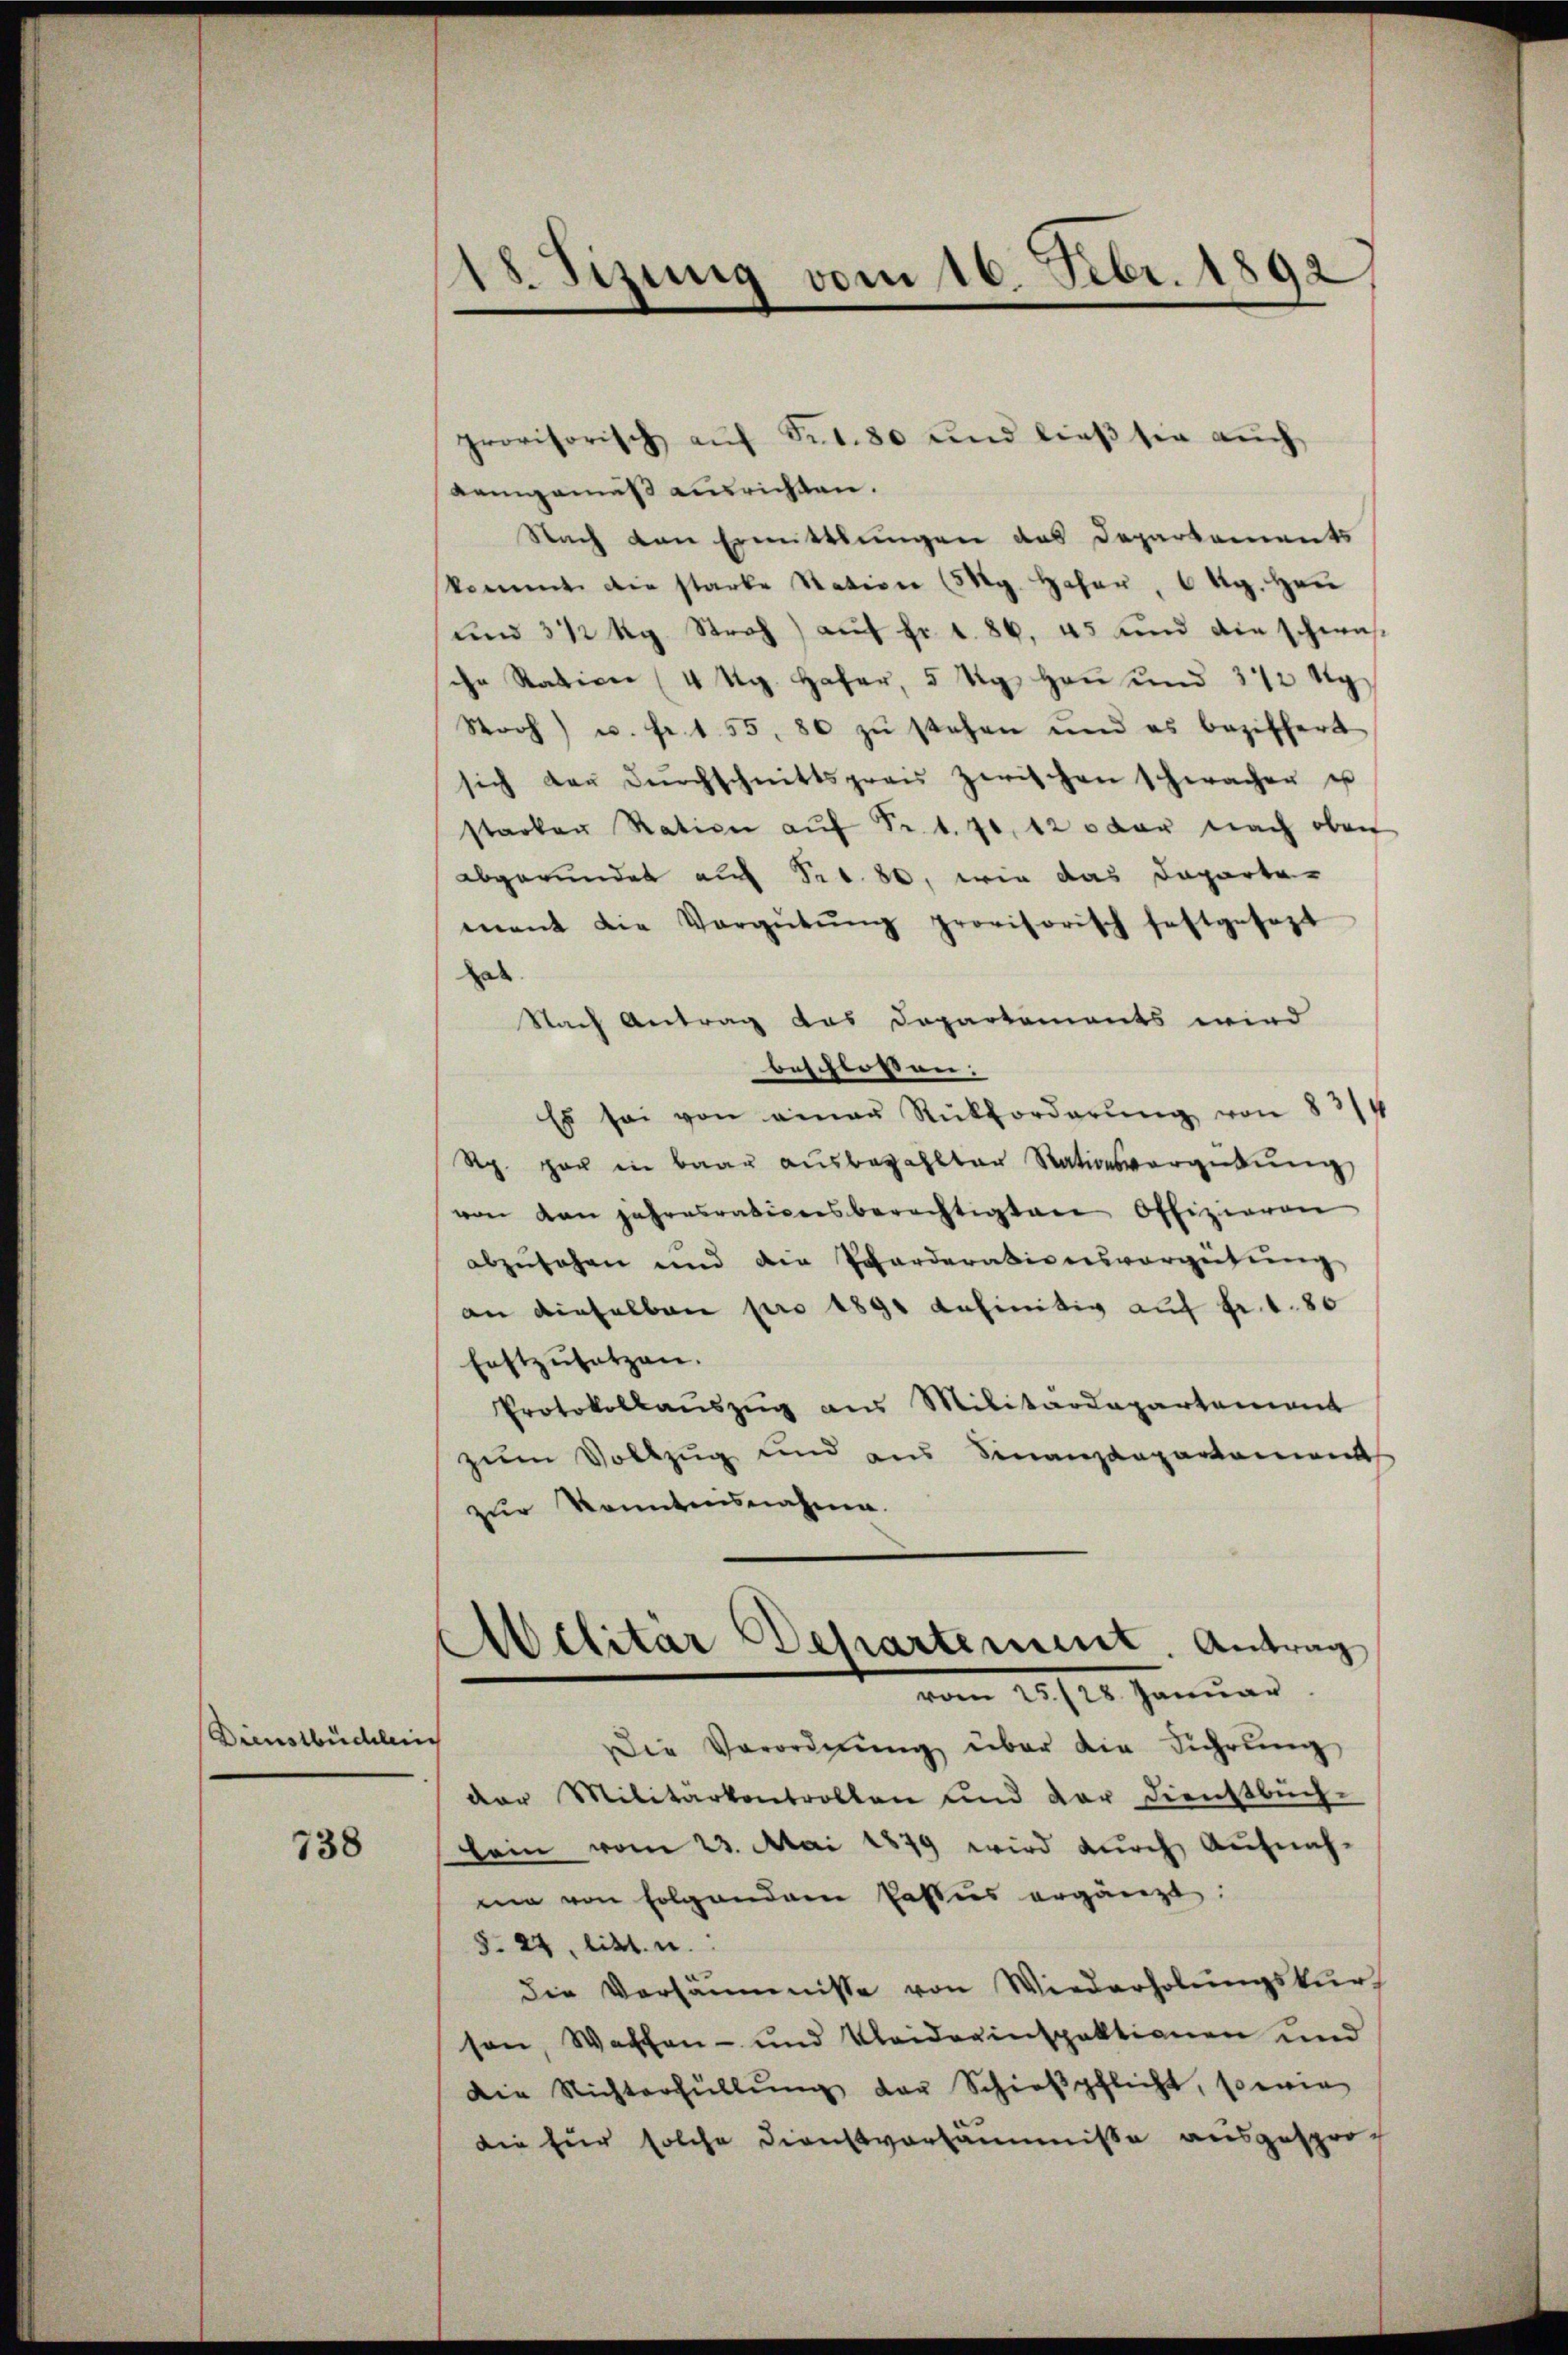
Dienstbüdlei

738

.
Tizung vom 16. Febr. 1892

provisorisch aŭf Fr. 80 und ließ sie auch
Kemgemäß ausrichten.
Nach von Ermittlungen das Departements
kommt die starke Station (5 Mg. Hafer, 6 Rg. Hrn
und 312 kg Stroh) auf fr. f. 86. 45 und die schwasche Ration (4 Kg. Hafer, 5 dig. Heu und 312 kg
Soch) u. fr. 155, 80 zŭ stehen und es beziffert
sich der Dŭrchschnittspreis zwischen schwacher u
starken Ration aŭf Fr. 1. 70, 12 oder nach oben
abgerundet auf Fr. 80, wie das Daparte-
ment die Vergütŭng provisorisch festgesezt
ab
Nach Antrag das Departements wird
beschlossen:
Es sei von einer Rückforderŭng von 8314
Rp. gar in baar ausbezahlter Stationsvorgebung
von kan jahresrativersberechtigten Offizieren
abzusehen und die Scharderationsvergütung
an dieselben pro 1891 definitiv auf fr. 180
Erstzŭsetzen.
Protokollauszug aus Militärdepartement
zum Vollzug und aus Sinanzdepartement
zur Kenntensnahme.
Militär Departement. Antrag
vom 25. 128. Januar
Die Verordnŭng über die Führung
der Militarkontrollen und der Dienstbuch-
bein vom 23. Mai 1879 wird durch Aufnah-
me von folgenden Passus ergänzt.
§. 24. litt. u.
die Versäumnisse von Wiederholŭngskur
son, Waffen- und Kleiderinspektionen und
Die Nichterfüllŭng der Schieβpflicht, sowie
die für solche Dienstversäumnisse ausgespro-